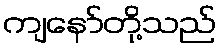
ကျနော်တို့သည်